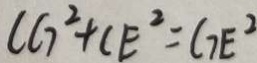
C G ^ { 2 } + C E ^ { 2 } = G E ^ { 2 }